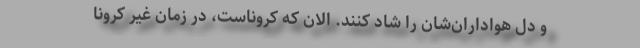
و دل هواداران‌شان را شاد کنند. الان که کروناست، در زمان غیر کرونا